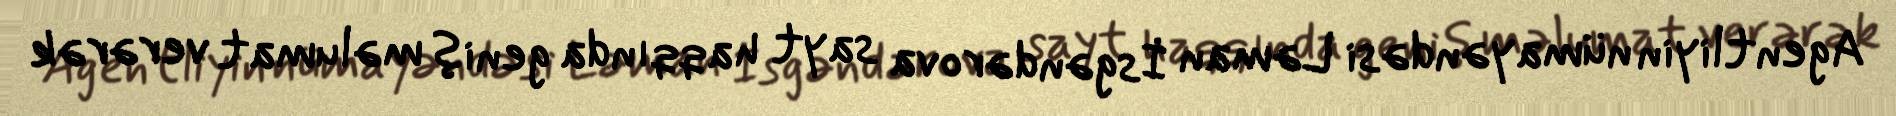
Agentliyin nümayəndəsi Ləman İsgəndərova sayt haqqında geniş məlumat verərək